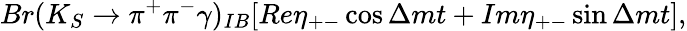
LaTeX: Br(K_{S}\rightarrow\pi^{+}\pi^{-}\gamma)_{IB}[Re\eta_{+-}\cos{\Delta mt}+Im\eta_{+-}\sin{\Delta mt}],